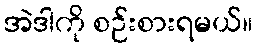
အဲဒါကို စဉ်းစားရမယ်။